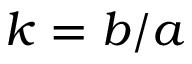
k = b / a